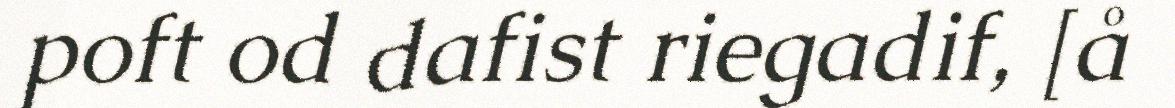
poft od dafist riegadif, [å